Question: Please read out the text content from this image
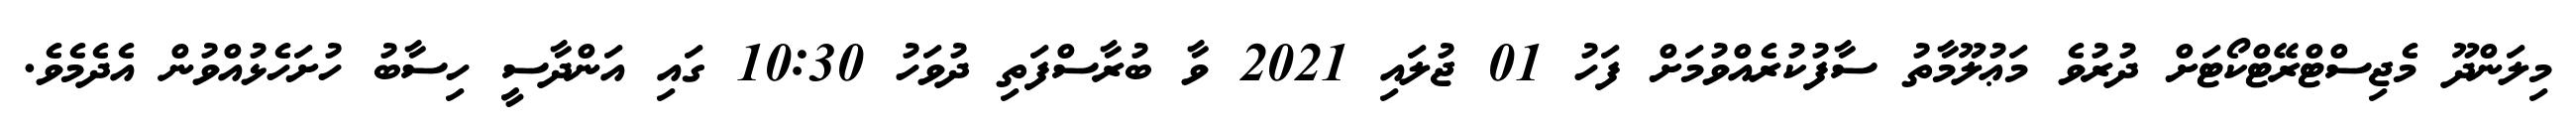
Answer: މިލަންދޫ މެޖިސްޓްރޭޓްކޯޓަށް ދުރުވެ މަޢުލޫމާތު ސާފުކުރެއްވުމަށް ފަހު 01 ޖުލައި 2021 ވާ ބުރާސްފަތި ދުވަހު 10:30 ގައި އަންދާސީ ހިސާބު ހުށަހެޅުއްވުން އެދެމެވެ.